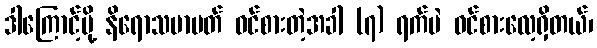
ဒါကြောင့်မို့ နိရောသမာပတ် ဝင်စားတဲ့အခါ (၇) ရက်ပဲ ဝင်စားလေ့ရှိတယ်၊